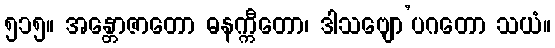
၅၁၅။ အန္တောဇာတော ဓနက္ကီတော၊ ဒါသဗျော’ပဂတော သယံ။